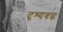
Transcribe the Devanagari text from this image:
दृश्यबद्ध